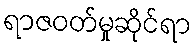
ရာဇဝတ်မှုဆိုင်ရာ